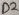
Text: D2